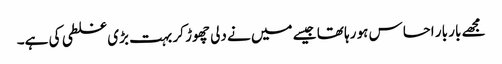
مجھے بار بار احساس ہو رہا تھا جیسے میں نے دلی چھوڑ کر بہت بڑی غلطی کی ہے۔